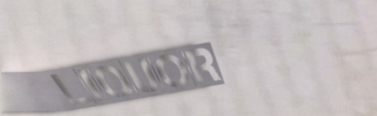
LIQUOR